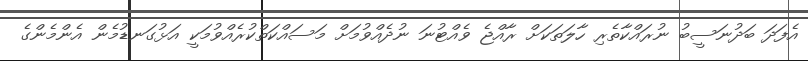
އެފަދަ ބަދުނަސީބު ނުރައްކާތެރި ހާލަތަކަށް ރާއްޖެ ވެއްޓުނަ ނުދެއްވުމަށް މަސައްކަތްކުރެއްވުމަކީ އަޅުގަނޑުމެން އެންމެންގެ